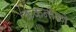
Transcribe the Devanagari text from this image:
ककनीकी